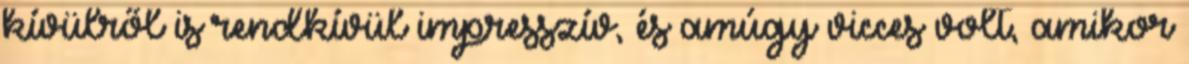
kívülről is rendkívül impresszív, és amúgy vicces volt, amikor